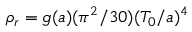
\rho _ { r } = g ( a ) ( \pi ^ { 2 } / 3 0 ) ( T _ { 0 } / a ) ^ { 4 }